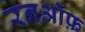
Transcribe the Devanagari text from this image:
रनऑफ़